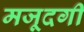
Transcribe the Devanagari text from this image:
मजूदगी